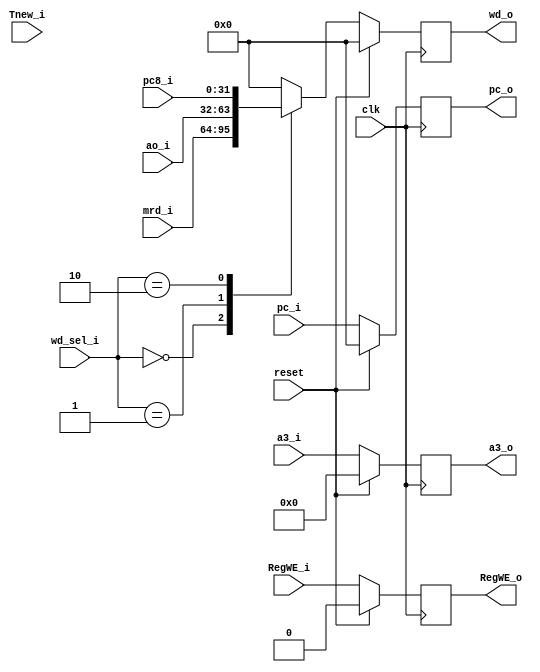
module W(
	input [31:0] pc_i,
    input clk,
    input reset,
    input [1:0]  Tnew_i,
    input [31:0] mrd_i,
    input [31:0] ao_i,
    input [31:0] pc8_i,
    input RegWE_i,
    input [1:0] wd_sel_i,
    input [4:0] a3_i,
	
	output reg [31:0] pc_o,
    output reg RegWE_o, //转发
    output reg [31:0] wd_o,
    output reg [4:0] a3_o // 转发
);
    always @(posedge clk) begin
        if (reset == 1) begin
            RegWE_o <= 0;
            wd_o <= 0;
            a3_o <= 0;
			pc_o <= 0;
        end else begin
            RegWE_o <= RegWE_i;
            a3_o <= a3_i;
			pc_o <= pc_i;
            case(wd_sel_i) 
                2'b00: wd_o <= mrd_i;
                2'b01: wd_o <= ao_i;
                2'b10: wd_o <= pc8_i;
                default : wd_o <= 0;
            endcase
        end
    end


endmodule